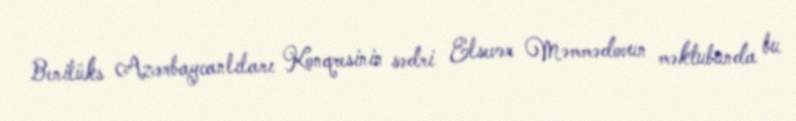
Benilüks Azərbaycanlıları Konqresinin sədri Elsevər Məmmədovun məktubunda bu